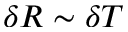
\delta R \sim \delta T